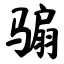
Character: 骟